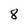
Character: 8